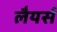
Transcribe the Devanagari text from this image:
लैयर्स